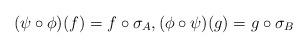
LaTeX: \begin{align*}(\psi \circ \phi)(f) = f \circ \sigma_A,(\phi \circ \psi)(g) = g \circ \sigma_B\end{align*}